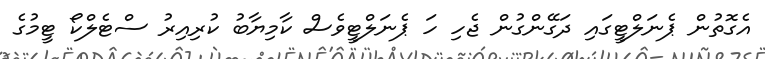
އެގޮތުން ޕެނަލްޓީގައި ދަގޭންގުން ޖެހި ހަ ޕެނަލްޓީވެސް ކާމިޔާބު ކުރިިއިރު ސްޓެލްކޯ ޓީމުގެ